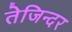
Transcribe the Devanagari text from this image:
तेजिन्दर